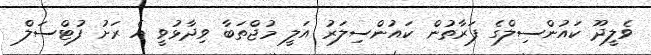
ވެލީދޫ ކައުންސިލްގެ ފަރާތުން ކައުންސިލަރު އަލީ މުޖްތަބާ ވިދާޅުވީ އެ ރަށު ފުޓްސަލް